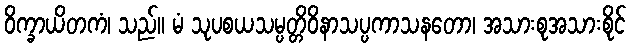
ဝိက္ခာယိတကံ၊ သည်။ မံ သုပစယသမ္ပတ္တိဝိနာသပ္ပကာသနတော၊ အသားစုအသားစိုင်